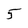
Character: 5